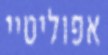
אפוליטיי